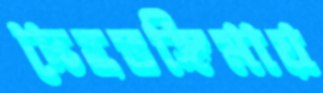
দেহভঙ্গিমায়